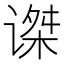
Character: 𰵼